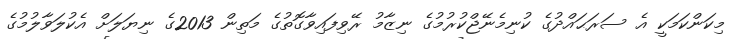
މިކަންކަމަކީ އެ ސަރަޙައްދުގެ ކުނިމެނޭޖްކުރުމުގެ ނިޒާމު ރޭވިފައިވާގޮތުގެ މަތިން 2013ގެ ނިޔަލަށް އެކުލަވާލުމުގެ